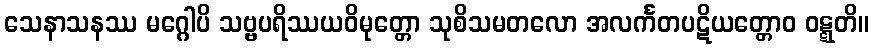
သေနာသနဿ မဂ္ဂေါပိ သဗ္ဗပရိဿယဝိမုတ္တော သုစိသမတလော အလင်္ကတပဋိယတ္တောဝ ဝဋ္ဋတိ။